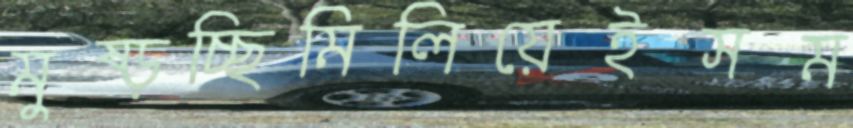
মুষ্‌ড়চ্ছিমিলিয়েইসম